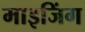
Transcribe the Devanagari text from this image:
माइजिंग